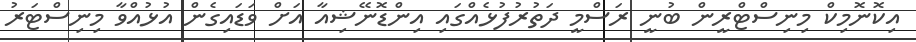
އިކޮނޮމިކް މިނިސްޓްރީން ބުނީ ރަސްމީ ދަތުރުފުޅެއްގައި އިންޑޮނޭޝިއާ އަށް ވަޑައިގެން އުޅުއްވާ މިނިސްޓަރު